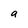
Character: a